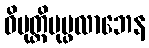
ဝိမုတ္တိပုပ္ဖလာဘေန